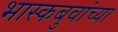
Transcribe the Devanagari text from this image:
भास्कबुवांच्या